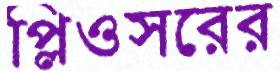
প্লিওসরের